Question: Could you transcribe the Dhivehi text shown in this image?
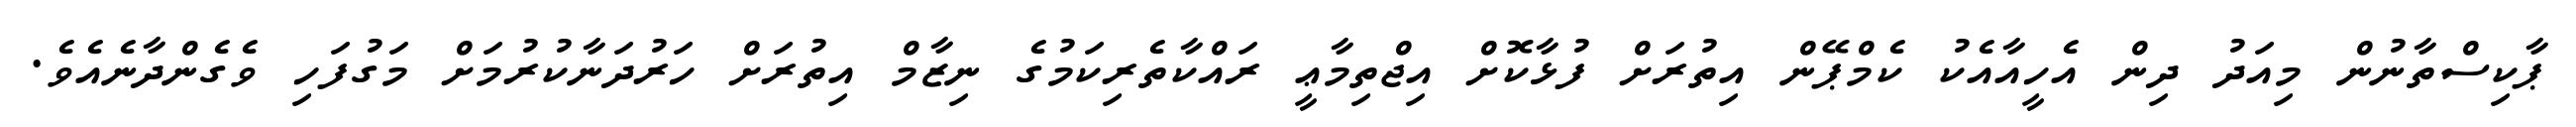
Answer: ޕާކިސްތާނުން މިއަދު ދިން އެހީއާއެކު ކެމްޕޭން އިތުރަށް ފުޅާކޮށް އިޖްތިމާޢީ ރައްކާތެރިކަމުގެ ނިޒާމް އިތުރަށް ހަރުދަނާކުރުމަށް މަގުފަހި ވެގެންދާނެއެވެ.